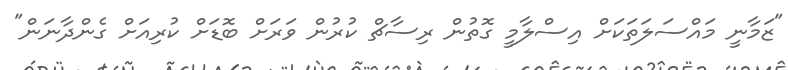
"ޒަމާނީ މައްސަލަތަކަށް އިސްލާމީ ގޮތުން ރިސާޗް ކުރުން ވަރަށް ބޮޑަށް ކުރިއަށް ގެންދާނަން"